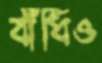
বাঁধিও